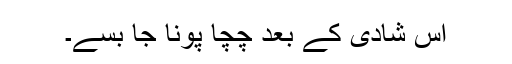
اِس شادی کے بعد چچا پونا جا بسے۔